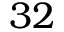
3 2